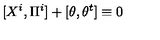
[ X ^ { i } , \Pi ^ { i } ] + [ \theta , \theta ^ { t } ] \equiv 0